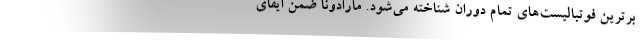
برترین فوتبالیست‌های تمام دوران شناخته می‌شود. مارادونا ضمن ایفای